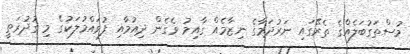
މުސްތަގުބަލެއްގެ ތެރޭގައި ނަރުދަމާގެ ނިޒާމެއް ގާއިމު ވެގެން ދިއުމާއި ފުވައްމުލަކުގެ މި ގުދުރަތީ